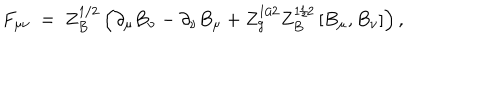
F _ { \mu \nu } \ = \ Z _ { B } ^ { 1 / 2 } \left( \partial _ { \mu } B _ { \nu } - \partial _ { \nu } B _ { \mu } + Z _ { g } ^ { 1 / 2 } Z _ { B } ^ { 1 / 2 } \left[ B _ { \mu } , B _ { \nu } \right] \right) ,